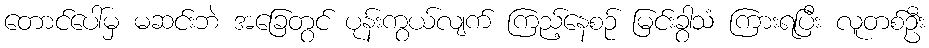
တောင်ပေါ်မှ မဆင်းဘဲ အခြေတွင် ပုန်းကွယ်လျက် ကြည့်နေစဉ် မြင်းခွာသံ ကြားရပြီး လူတစ်ဦး